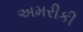
અમરીકી